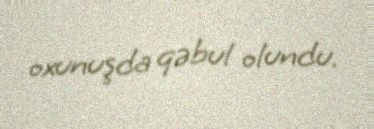
oxunuşda qəbul olundu.